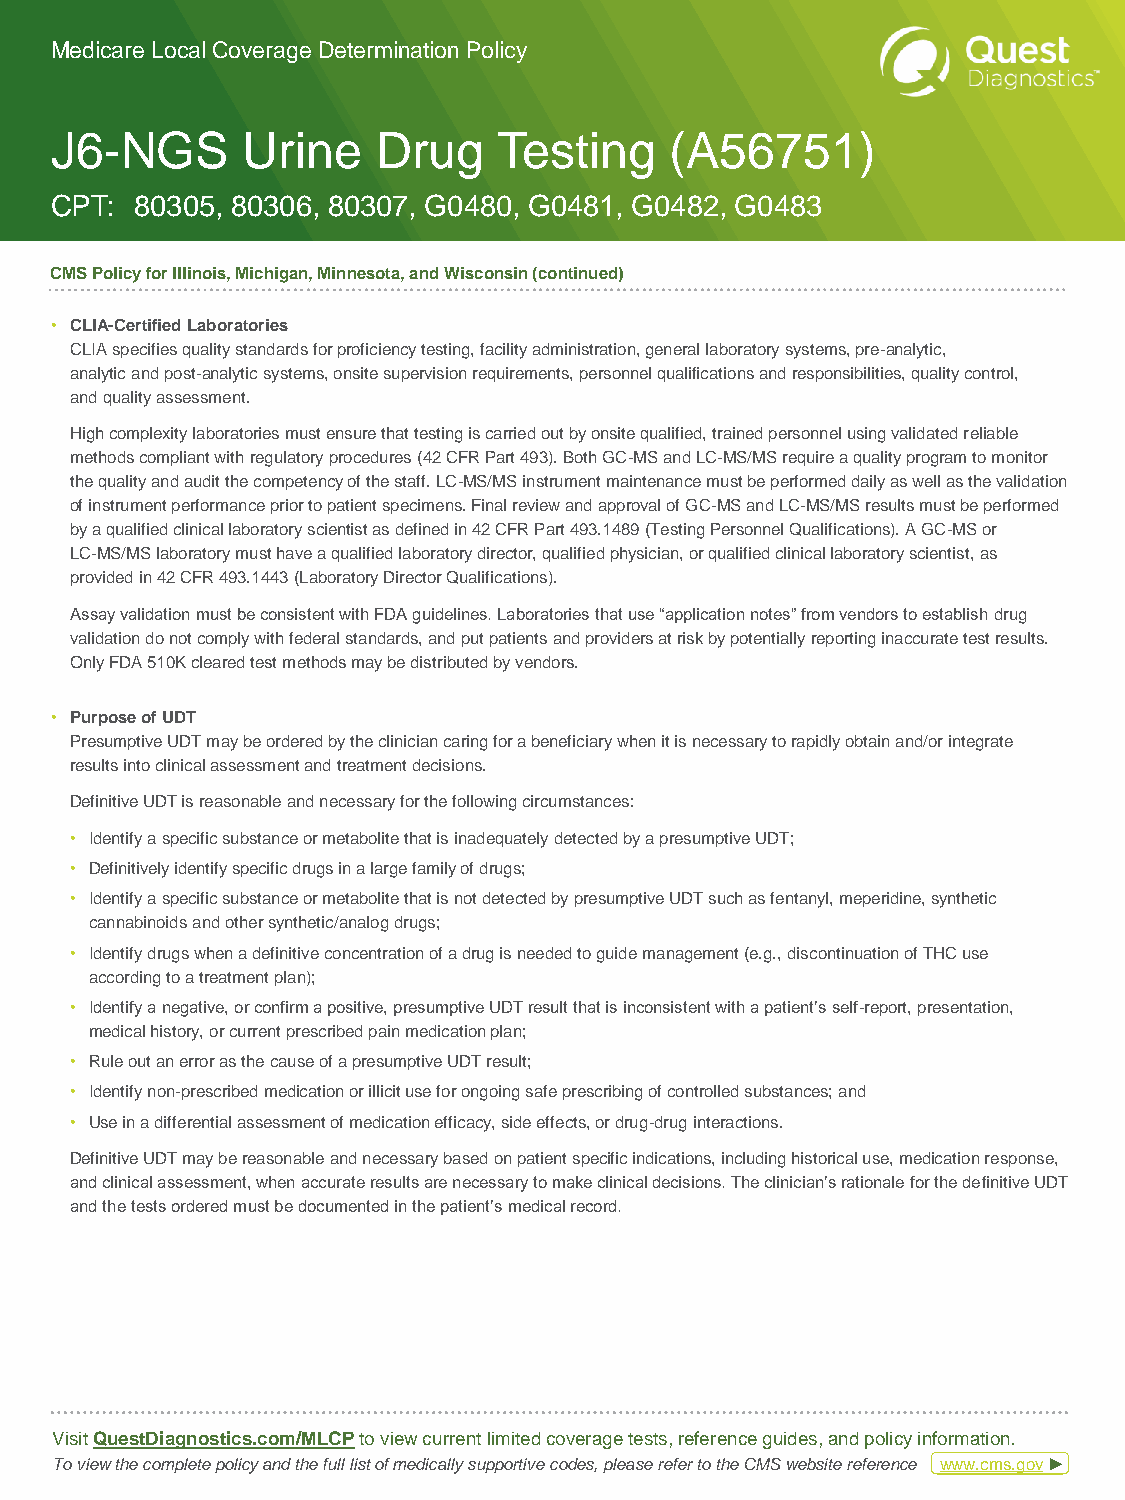
Medicare Local Coverage Determination Policy
 J6-NGS       Urine    Drug    Testing    (A56751)
 CPT:  80305, 80306, 80307, G0480, G0481, G0482, G0483
 CMS Policy for Illinois, Michigan, Minnesota, and Wisconsin (continued)
 • CLIA-Certified Laboratories
 CLIA specifies quality standards for proficiency testing, facility administration, general laboratory systems, pre-analytic,
 analytic and post-analytic systems, onsite supervision requirements, personnel qualifications and responsibilities, quality control,
 and quality assessment.
 High complexity laboratories must ensure that testing is carried out by onsite qualified, trained personnel using validated reliable
 methods compliant with regulatory procedures (42 CFR Part 493). Both GC-MS and LC-MS/MS require a quality program to monitor
 the quality and audit the competency of the staff. LC-MS/MS instrument maintenance must be performed daily as well as the validation
 of instrument performance prior to patient specimens. Final review and approval of GC-MS and LC-MS/MS results must be performed
 by a qualified clinical laboratory scientist as defined in 42 CFR Part 493.1489 (Testing Personnel Qualifications). A GC-MS or
 LC-MS/MS laboratory must have a qualified laboratory director, qualified physician, or qualified clinical laboratory scientist, as
 provided in 42 CFR 493.1443 (Laboratory Director Qualifications).
 Assay validation must be consistent with FDA guidelines. Laboratories that use “application notes” from vendors to establish drug
 validation do not comply with federal standards, and put patients and providers at risk by potentially reporting inaccurate test results.
 Only FDA 510K cleared test methods may be distributed by vendors.
 • Purpose of UDT
 Presumptive UDT may be ordered by the clinician caring for a beneficiary when it is necessary to rapidly obtain and/or integrate
 results into clinical assessment and treatment decisions.
 Definitive UDT is reasonable and necessary for the following circumstances:
 • Identify a specific substance or metabolite that is inadequately detected by a presumptive UDT;
 • Definitively identify specific drugs in a large family of drugs;
 • Identify a specific substance or metabolite that is not detected by presumptive UDT such as fentanyl, meperidine, synthetic
 cannabinoids and other synthetic/analog drugs;
 • Identify drugs when a definitive concentration of a drug is needed to guide management (e.g., discontinuation of THC use
 according to a treatment plan);
 • Identify a negative, or confirm a positive, presumptive UDT result that is inconsistent with a patient’s self-report, presentation,
 medical history, or current prescribed pain medication plan;
 • Rule out an error as the cause of a presumptive UDT result;
 • Identify non-prescribed medication or illicit use for ongoing safe prescribing of controlled substances; and
 • Use in a differential assessment of medication efficacy, side effects, or drug-drug interactions.
 Definitive UDT may be reasonable and necessary based on patient specific indications, including historical use, medication response,
 and clinical assessment, when accurate results are necessary to make clinical decisions. The clinician’s rationale for the definitive UDT
 and the tests ordered must be documented in the patient’s medical record.
 Visit QuestDiagnostics.com/MLCP to view current limited coverage tests, reference guides, and policy information.
 To view the complete policy and the full list of medically supportive codes, please refer to the CMS website reference www.cms.gov ►